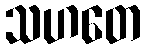
သဟတေ